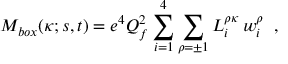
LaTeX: { \cal M } _ { b o x } ( \kappa ; s , t ) = e ^ { 4 } Q _ { f } ^ { 2 } \sum _ { i = 1 } ^ { 4 } \sum _ { \rho = \pm 1 } L _ { i } ^ { \rho \kappa } \, w _ { i } ^ { \rho } \; \; ,